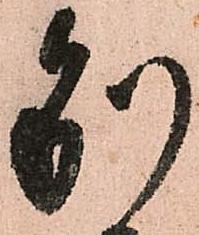
別